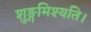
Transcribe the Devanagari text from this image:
शुङ्गमिश्यति।